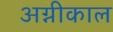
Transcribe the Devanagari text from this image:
अग्नीकाल